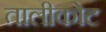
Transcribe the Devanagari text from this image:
तालीकोट